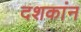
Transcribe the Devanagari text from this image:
दशकांन